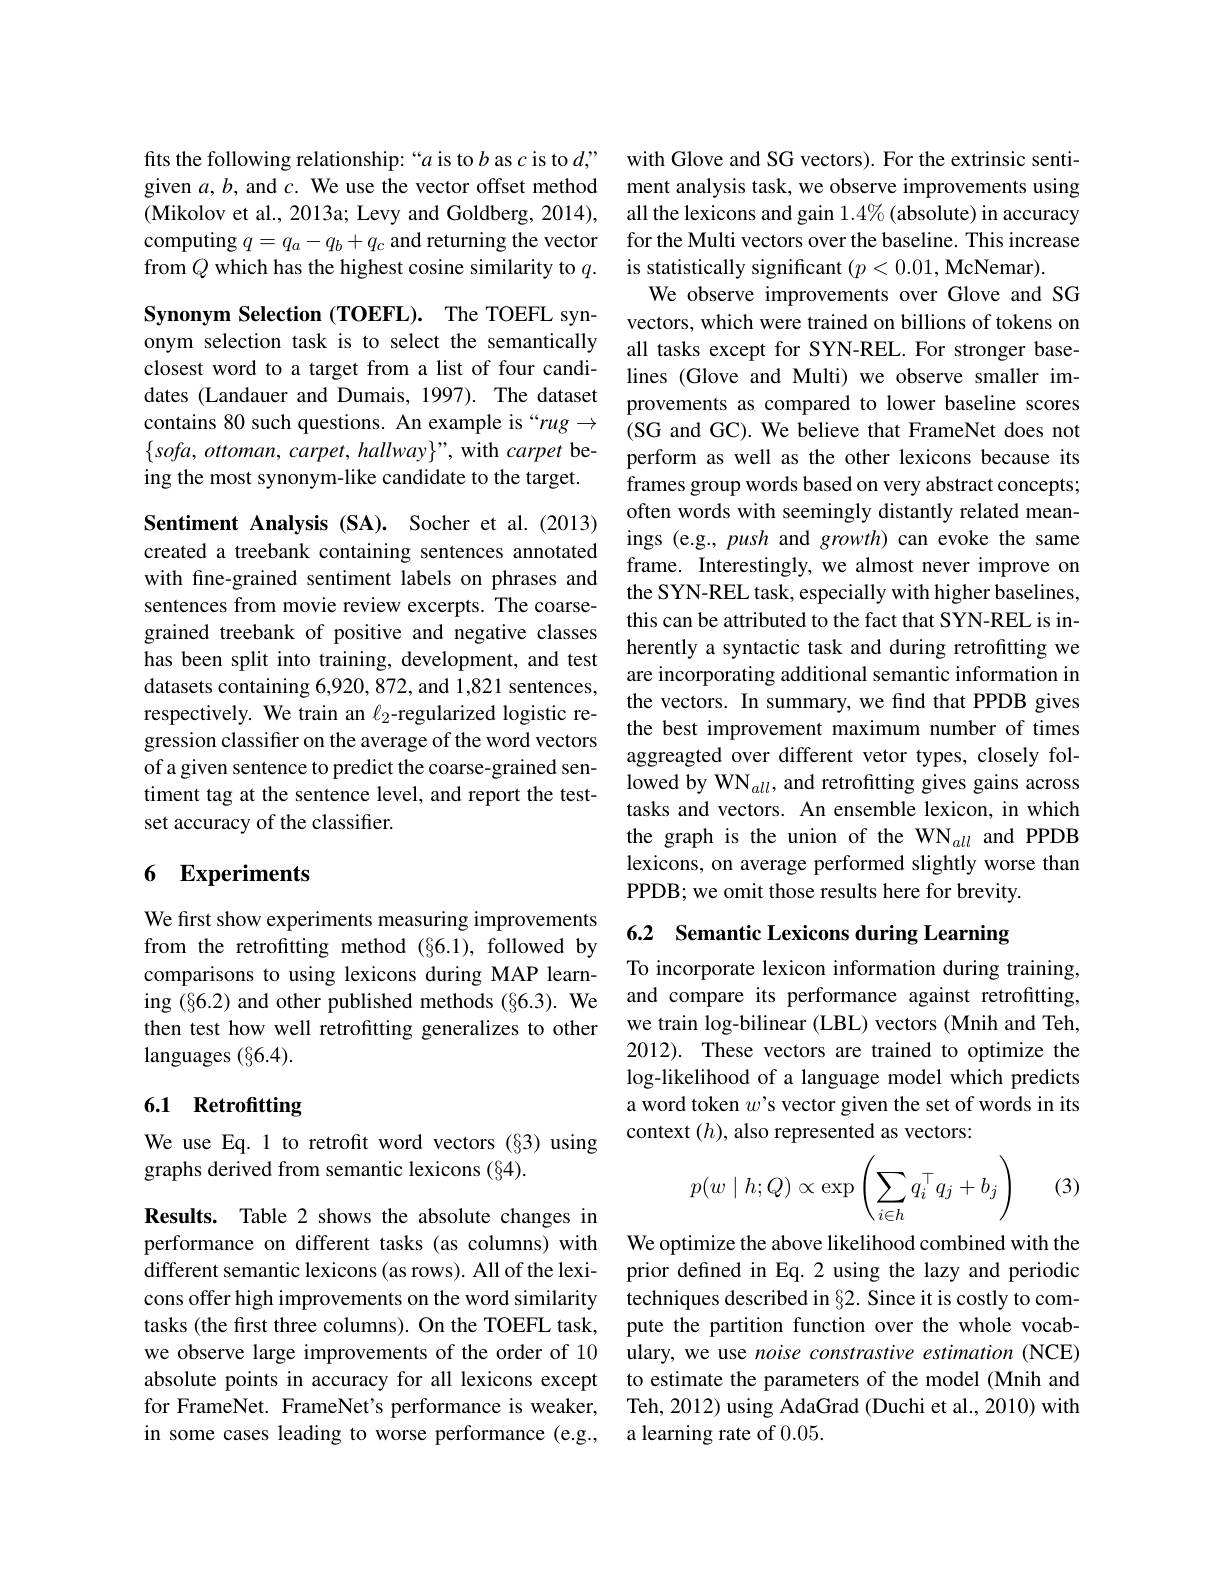
fits the following relationship:“$a$ is to $b$ as $c$ is to $d$” with Glove and SG vectors). For the extrinsic senti-
given $a,b$ and $c.$ We use the vector offset method
(Mikolov et al., 2013a; Levy and Goldberg, 2014), all the lexicons and gain $1.4\%$ (absolute) in accuracy
computing $q=q_a-q_b+q_c$ and returning the vector from $Q$ which has the highest cosine similarity to $q.$

Synonym Selection (TOEFL). The TOEFL synonym selection task is to select the semantically closest word to a target from a list of four candidates (Landauer and Dumais, 1997). The dataset contains 80 such questions. An example is “rug→ $\{sofa,ottoman,carpet,hallway\}"$, with carpet being the most synonym-like candidate to the target.

Sentiment Analysis (SA). Socher et al.(2013) created a treebank containing sentences annotated with fine-grained sentiment labels on phrases and sentences from movie review excerpts. The coarsegrained treebank of positive and negative classes has been split into training, development, and test datasets containing 6,920, 872, and 1,821 sentences, respectively. We train an $\ell_{2}$-regularized logistic regression classifier on the average of the word vectors of a given sentence to predict the coarse-grained sentiment tag at the sentence level, and report the testset accuracy of the classifier.

## 6 Experiments

We first show experiments measuring improvements from the retrofitting method (§6.1), followed by comparisons to using lexicons during MAP learning (§6.2) and other published methods (§6.3). We then test how well retrofitting generalizes to other languages (§6.4).

## 6.1 Retrofitting

We use Eq. 1 to retrofit word vectors (§3) using
graphs derived from semantic lexicons (§4).

Results. Table 2 shows the absolute changes in performance on different tasks (as columns) with different semantic lexicons (as rows). All of the lexicons offer high improvements on the word similarity tasks (the first three columns). On the TOEFL task, we observe large improvements of the order of 10 ulary, we use $noise\textit{constrastive estimation( NCE) }$ absolute points in accuracy for all lexicons except to estimate the parameters of the model (Mnih and for FrameNet. FrameNet's performance is weaker, Teh, 2012) using AdaGrad (Duchi et al., 2010) with in some cases leading to worse performance (e.g., a learning rate of 0.05.

ment analysis task, we observe improvements using for the Multi vectors over the baseline. This increase is statistically significant $(p<0.01$, McNemar).
We observe improvements over Glove and SG vectors, which were trained on billions of tokens on all tasks except for SYN-REL. For stronger baselines (Glove and Multi) we observe smaller improvements as compared to lower baseline scores (SG and GC). We believe that FrameNet does not perform as well as the other lexicons because its frames group words based on very abstract concepts; often words with seemingly distantly related meanings (e.g., push and growth) can evoke the same frame. Interestingly, we almost never improve on the SYN-REL task, especially with higher baselines, this can be attributed to the fact that SYN-REL is inherently a syntactic task and during retrofitting we are incorporating additional semantic information in the vectors. In summary, we find that PPDB gives the best improvement maximum number of times aggreagted over different vetor types, closely followed by WN$_all$, and retrofitting gives gains across tasks and vectors. An ensemble lexicon, in which the graph is the union of the WN$_{all}$ and PPDB lexicons, on average performed slightly worse than PPDB; we omit those results here for brevity.

## 6.2 Semantic Lexicons during Learning

To incorporate lexicon information during training, and compare its performance against retrofitting, we train log-bilinear (LBL) vectors (Mnih and Teh, 2012). These vectors are trained to optimize the log-likelihood of a language model which predicts a word token $w$'s vector given the set of words in its context $(h)$, also represented as vectors:
$$p(w\mid h;Q)\propto\exp\left(\sum_{i\in h}q_i^\top q_j+b_j\right)$$
(3)

We optimize the above likelihood combined with the prior defined in Eq.2 using the lazy and periodic techniques described in§2. Since it is costly to compute the partition function over the whole vocab-